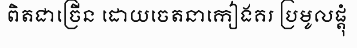
ពិតជាច្រើន ដោយចេតនាកៀងគរ ប្រមូលផ្តុំ